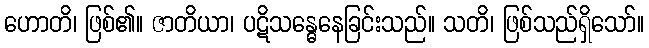
ဟောတိ၊ ဖြစ်၏။ ဇာတိယာ၊ ပဋိသန္ဓေနေခြင်းသည်။ သတိ၊ ဖြစ်သည်ရှိသော်။